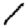
Digit: 1